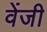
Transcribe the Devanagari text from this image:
वेंजी